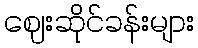
ဈေးဆိုင်ခန်းများ